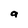
Character: a